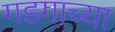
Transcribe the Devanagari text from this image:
गडगाच्या